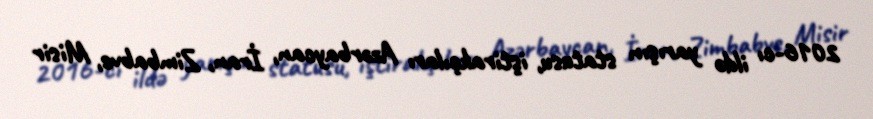
2016-cı ildə yarışın statusu, iştirakçıları Azərbaycan, İran, Zimbabve, Misir